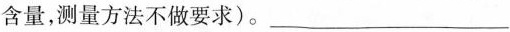
含量，测量方法不做要求)。___。